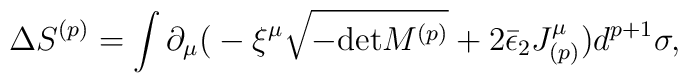
\Delta S^{(p)} = \int \partial_\mu \big( - \xi^\mu \sqrt{-{\rm det}M^{(p)}} + 2\bar\epsilon_2  J_{(p)}^\mu \big) d^{p+1} \sigma,